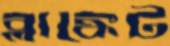
ব্লাঙ্কেট